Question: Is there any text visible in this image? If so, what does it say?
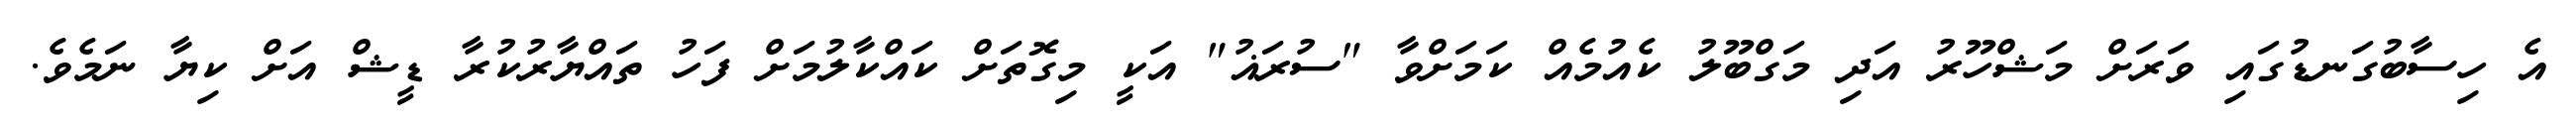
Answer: އެ ހިސާބުގަނޑުގައި ވަރަށް މަޝްހޫރު އަދި މަގްބޫލު ކެއުމެއް ކަމަށްވާ "ސުރަޣު" އަކީ މިގޮތަށް ކައްކާލުމަށް ފަހު ތައްޔާރުކުރާ ޑީޝް އަށް ކިޔާ ނަމެވެ.